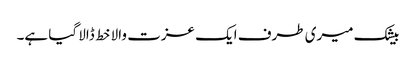
بیشک میری طرف ایک عزت والا خط ڈالا گیا ہے۔